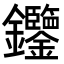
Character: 𨰹